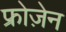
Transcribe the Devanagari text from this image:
फ्रोज़ेन